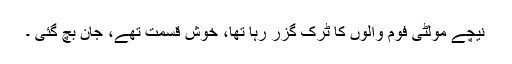
نیچے مولٹی فوم والوں کا ٹرک گزر رہا تھا، خوش قسمت تھے، جان بچ گئی ۔